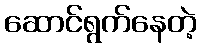
ဆောင်ရွက်နေတဲ့